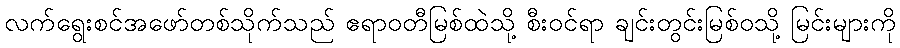
လက်ရွေးစင်အဖော်တစ်သိုက်သည် ဧရာဝတီမြစ်ထဲသို့ စီးဝင်ရာ ချင်းတွင်းမြစ်ဝသို့ မြင်းများကို